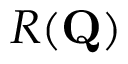
R ( \mathbf { Q } )